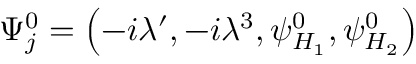
\Psi _ { j } ^ { 0 } = \left( - i \lambda ^ { \prime } , - i \lambda ^ { 3 } , \psi _ { H _ { 1 } } ^ { 0 } , \psi _ { H _ { 2 } } ^ { 0 } \right)